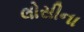
લોસીના